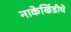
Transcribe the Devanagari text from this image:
नाकेखिंडीचे